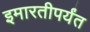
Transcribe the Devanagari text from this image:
इमारतीपर्यंत